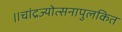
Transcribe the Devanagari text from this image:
॥चांद्रज्योत्सनापुलकित